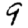
Digit: 9